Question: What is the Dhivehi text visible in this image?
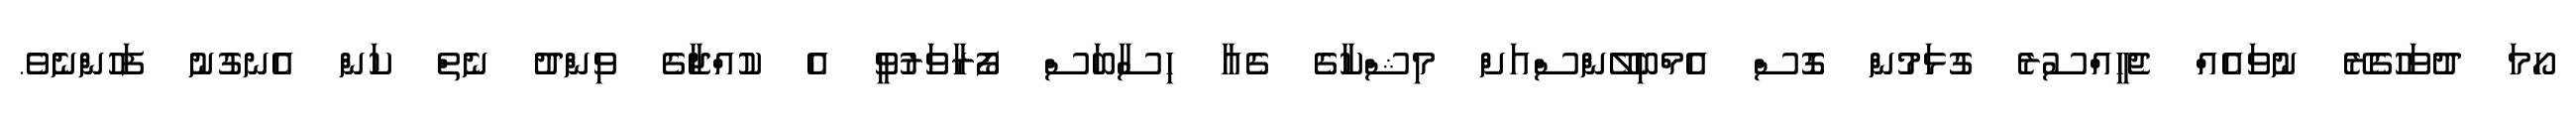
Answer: ހޯމަ ދުވަހުގެރޭ ނުވައެއް ޖެހީއްސުރެ ގުޅަމުން ގޮސް އެމްބިލޭންސްއަށް މިޝްކާގެ ގެއާ ހިސާބަސް ފޯރާވަރުވީ އެ ކުއްޖާގެ ވިންދު ނެތް ކަން އެނގުނު ފަހުންނެވެ.